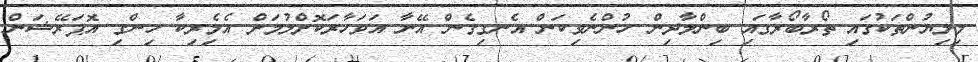
މިލިޔުންތަކުގައި ތޯރާބޯރާގައި ބިންލާދިން ހުންނެވިކަން އެނގިގެން އޭނާ އަވަހާރަކޮށްލުމަށް އެމެިރިކާ ހިންގި އޮޕަރޭޝަން